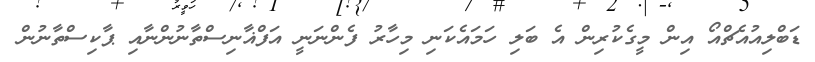
ޑަބްލިއުއެޗްއޯ އިން މީގެކުރިން އެ ބަލި ހަމައެކަނި މިހާރު ފެންނަނީ އަފްޣާނިސްތާނުންނާއި ޕާކިސްތާނުން